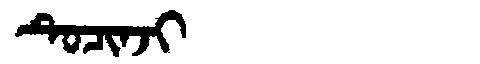
Manchu: ᡨᡠᠴᡳᠨᠵᡳ
Romanization: TUCINJI